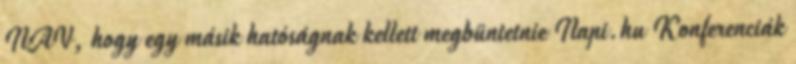
NAV, hogy egy másik hatóságnak kellett megbüntetnie Napi.hu Konferenciák